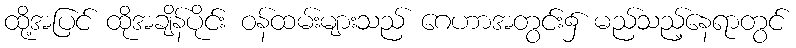
ထို့အပြင် ထိုအချိန်ပိုင်း ဝန်ထမ်းများသည် ဂေဟာအတွင်း၌ မည်သည့်နေရာတွင်